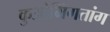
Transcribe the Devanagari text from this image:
कुओमिंगतांग